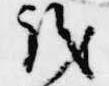
議